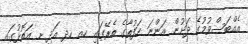
އެއްބަސްވުމުގެ ދަށުން އަންނަ ހަފުތާގެ ތެރޭގައި ހއ ހދ އަދި ށ އަތޮޅުގައި